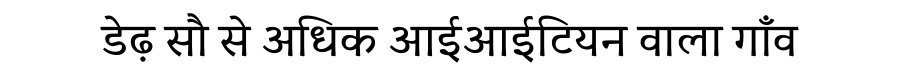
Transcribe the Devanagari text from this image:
डेढ़ सौ से अधिक आईआईटियन वाला गाँव